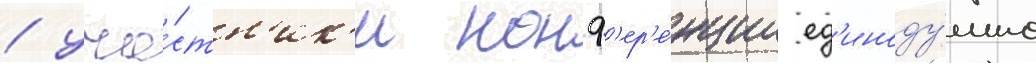
/ уча́стн'ик'и конф'ер'е́нции ед'иноду́шно